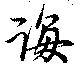
誨